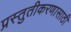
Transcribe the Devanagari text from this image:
प्रस्तुतीकरणासाठी